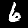
Label: 6